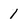
Character: 1